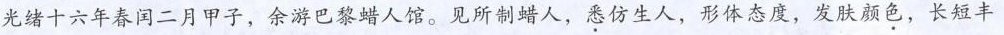
光绪十六年春闰二月甲子，余游巴黎蜡人馆。见所制蜡人，悉仿生人，形体态度，发肤颜色，长短丰